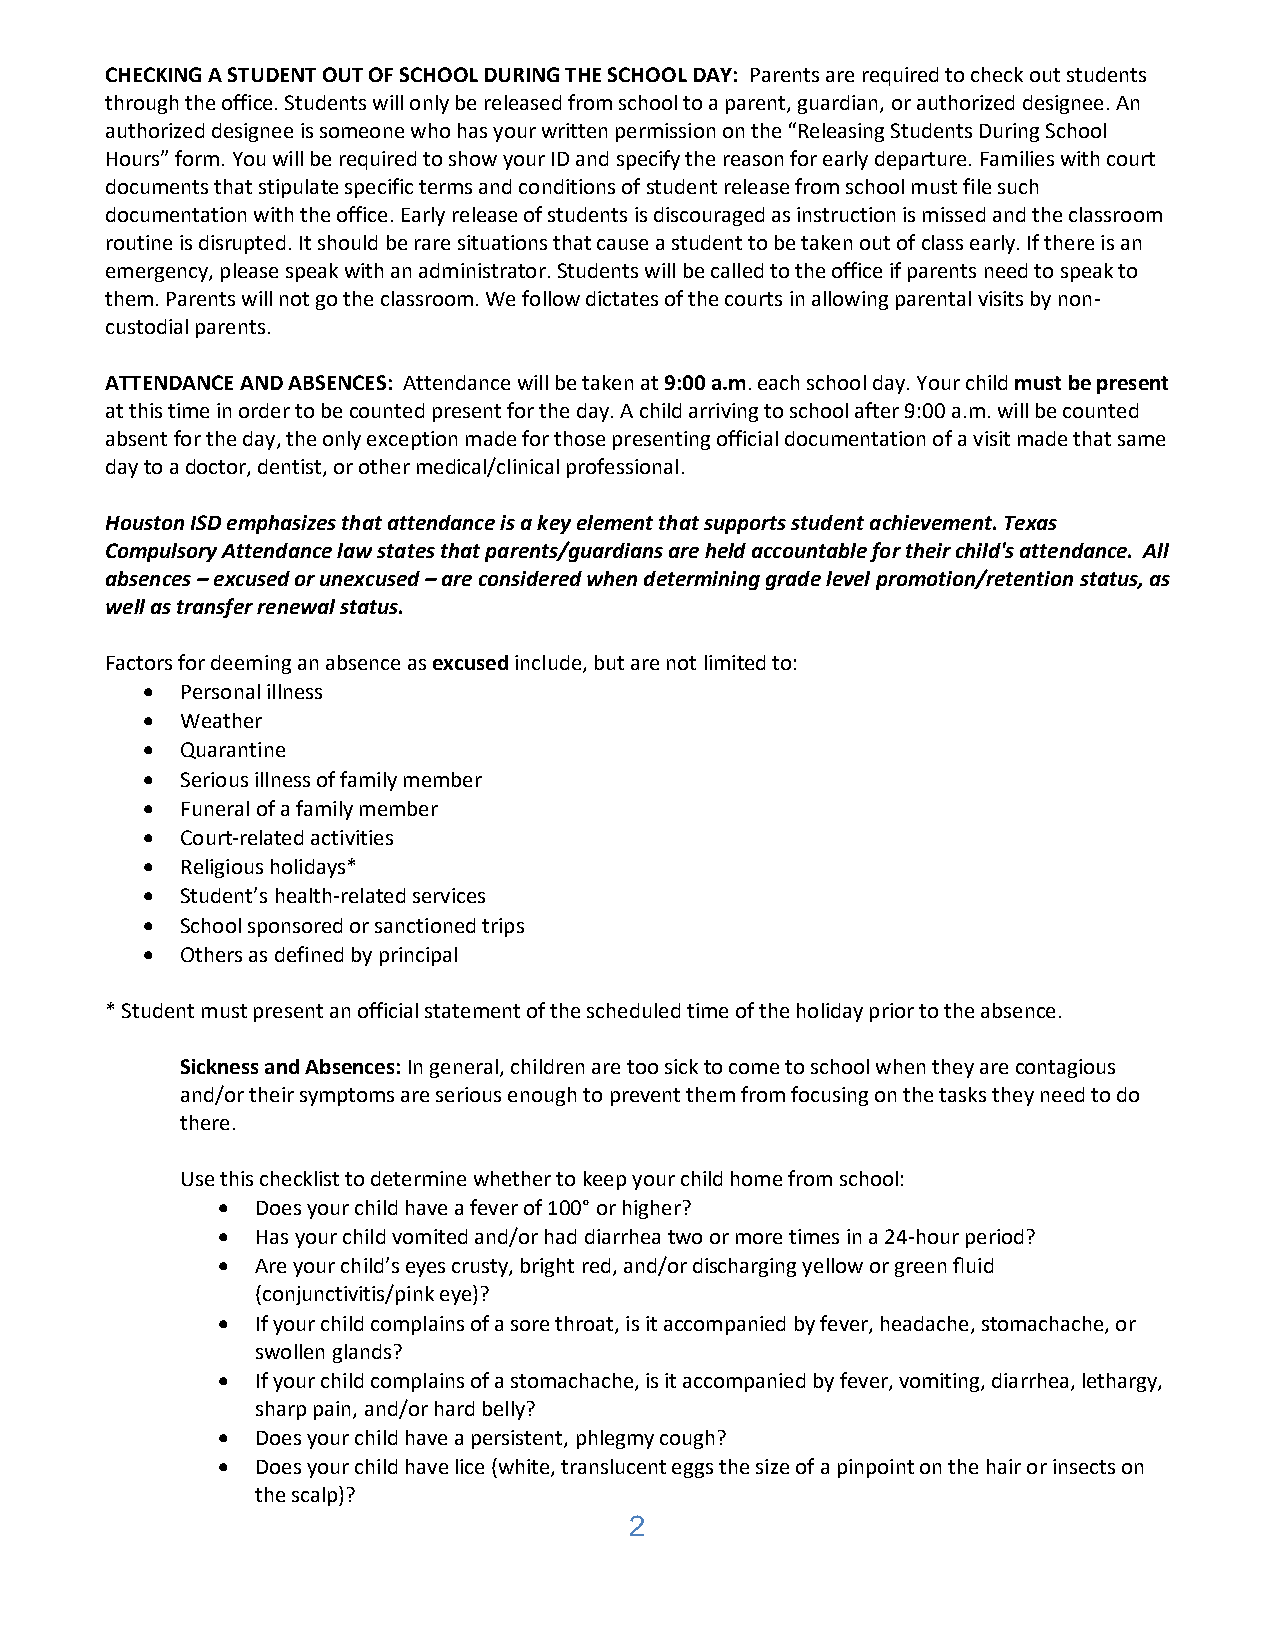
CHECKING A STUDENT OUT OF SCHOOL DURING THE SCHOOL DAY: Parents are required to check out students
 through the office. Students will only be released from school to a parent, guardian, or authorized designee. An
 authorized designee is someone who has your written permission on the “Releasing Students During School
 Hours” form. You will be required to show your ID and specify the reason for early departure. Families with court
 documents that stipulate specific terms and conditions of student release from school must file such
 documentation with the office. Early release of students is discouraged as instruction is missed and the classroom
 routine is disrupted. It should be rare situations that cause a student to be taken out of class early. If there is an
 emergency, please speak with an administrator. Students will be called to the office if parents need to speak to
 them. Parents will not go the classroom. We follow dictates of the courts in allowing parental visits by non-
 custodial parents.
 ATTENDANCE AND ABSENCES: Attendance will be taken at 9:00 a.m. each school day. Your child must be present
 at this time in order to be counted present for the day. A child arriving to school after 9:00 a.m. will be counted
 absent for the day, the only exception made for those presenting official documentation of a visit made that same
 day to a doctor, dentist, or other medical/clinical professional.
 Houston ISD emphasizes that attendance is a key element that supports student achievement. Texas
 Compulsory Attendance law states that parents/guardians are held accountable for their child's attendance. All
 absences – excused or unexcused – are considered when determining grade level promotion/retention status, as
 well as transfer renewal status.
 Factors for deeming an absence as excused include, but are not limited to:
 •  Personal illness
 •  Weather
 •  Quarantine
 •  Serious illness of family member
 •  Funeral of a family member
 •  Court-related activities
 •  Religious holidays*
 •  Student’s health-related services
 •  School sponsored or sanctioned trips
 •  Others as defined by principal
 * Student must present an official statement of the scheduled time of the holiday prior to the absence.
 Sickness and Absences: In general, children are too sick to come to school when they are contagious
 and/or their symptoms are serious enough to prevent them from focusing on the tasks they need to do
 there.
 Use this checklist to determine whether to keep your child home from school:
 •  Does your child have a fever of 100° or higher?
 •  Has your child vomited and/or had diarrhea two or more times in a 24-hour period?
 •  Are your child’s eyes crusty, bright red, and/or discharging yellow or green fluid
 (conjunctivitis/pink eye)?
 •  If your child complains of a sore throat, is it accompanied by fever, headache, stomachache, or
 swollen glands?
 •  If your child complains of a stomachache, is it accompanied by fever, vomiting, diarrhea, lethargy,
 sharp pain, and/or hard belly?
 •  Does your child have a persistent, phlegmy cough?
 •  Does your child have lice (white, translucent eggs the size of a pinpoint on the hair or insects on
 the scalp)?
 2